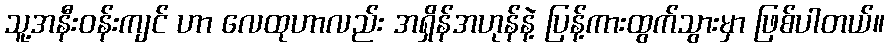
သူ့အနီးဝန်းကျင် ဟာ လေထုဟာလည်း အရှိန်အဟုန်နဲ့ ပြန့်ကားထွက်သွားမှာ ဖြစ်ပါတယ်။